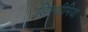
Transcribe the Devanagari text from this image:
डिस्थीमिया